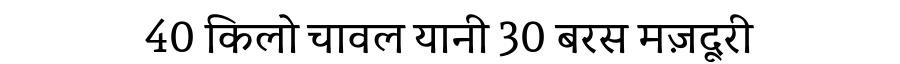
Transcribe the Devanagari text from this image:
40 किलो चावल यानी 30 बरस मज़दूरी